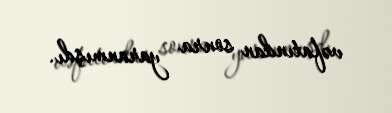
vəfatından sonra yaranmışdı.